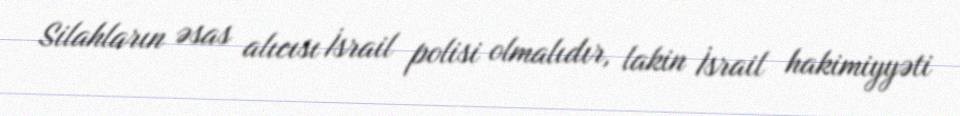
Silahların əsas alıcısı İsrail polisi olmalıdır, lakin İsrail hakimiyyəti